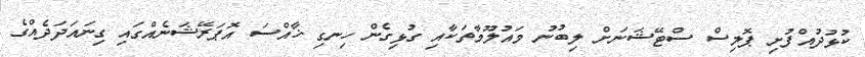
ކުޅުދުއްފުށި ޕޮލިސް ސްޓޭޝަނަށް ލިބުނު މައުލޫމާތަކާއި ގުޅިގެން ހިނގި ޚާއްސަ އޮޕަރޭޝަނެއްގައި ގިނައަދަދެއްގެ